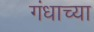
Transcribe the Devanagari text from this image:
गंधाच्या